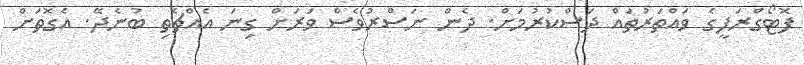
ފޮޓޯގްރަފީގެ ވައްތަރުތައް ދަސްކުރުމަށް. ދެން ނަސްރުވެސް ވަރަށް ގިނަ އެއްޗެތި ބުނެދޭ. އެގޮތަށް